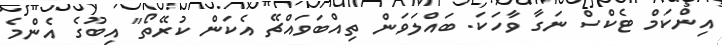
އިންކަމް ޓެކްސް ނަގާ ވާހަކަ. ބައްލަވަން ތިއްބަވައްޗޭ އެކަން ކުރޭތޯ" އިބޫގެ އެންމެ